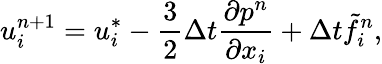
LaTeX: u_{i}^{n+1}=u_{i}^{*}-\frac{3}{2}\Delta t\frac{\partial p^{n}}{\partial x_{i}}+\Delta t\tilde{f}_{i}^{n},